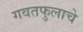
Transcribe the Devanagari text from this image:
गवतफुलाचे